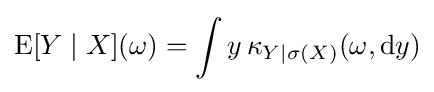
\operatorname {E} [Y\mid X](\omega )=\int y\,\kappa _{Y\mid \sigma (X)}(\omega ,\mathrm {d} y)